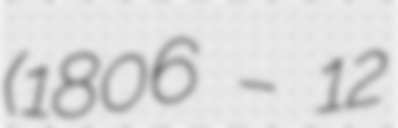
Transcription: (1806 – 12